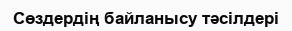
Сөздердің байланысу тәсілдері